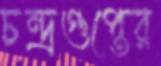
চন্দ্রগুপ্তের